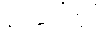
စင်ပေါ်တွင်